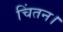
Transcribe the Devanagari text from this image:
चिंतन।